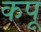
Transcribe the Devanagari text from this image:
कपू